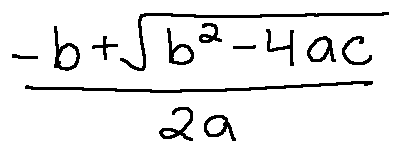
\frac { - b + \sqrt { b ^ { 2 } - 4 a c } } { 2 a }